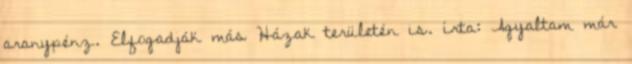
aranypénz. Elfogadják más Házak területén is. írta: Agyaltam már